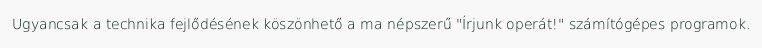
Ugyancsak a technika fejlődésének köszönhető a ma népszerű "Írjunk operát!" számítógépes programok.